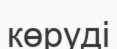
көруді